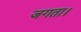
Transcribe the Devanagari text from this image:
जगता।